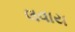
લવાય